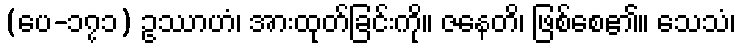
(ပေ-၁၇၁) ဥဿာဟံ၊ အားထုတ်ခြင်းကို။ ဇနေတိ၊ ဖြစ်စေ၏။ သေသံ၊